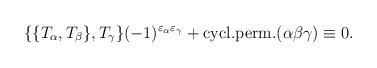
\begin{align*}\{\{T_\alpha,T_\beta\},T_\gamma\}(-1)^{\varepsilon_\alpha\varepsilon_\gamma}+ {\rm cycl.perm.}(\alpha\beta\gamma)\equiv 0.\end{align*}